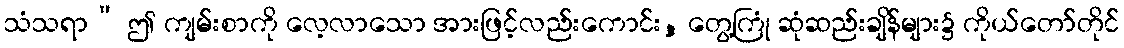
သံသရာ” ဤ ကျမ်းစာကို လေ့လာသော အားဖြင့်လည်းကောင်း, တွေ့ကြုံ ဆုံဆည်းချိန်များ၌ ကိုယ်တော်တိုင်